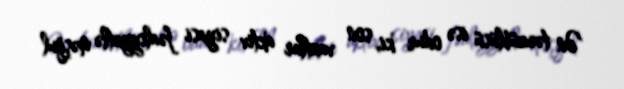
Ən təəccüblüsü isə odur ki, son vaxtlar aktiv siyasi fəaliyyətlə məşğul